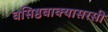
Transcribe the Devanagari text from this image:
वसिष्ठवाक्यासरसी